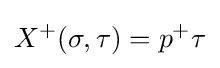
X^{+}(\sigma ,\tau )=p^{+}\tau